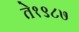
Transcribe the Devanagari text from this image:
ते१९८७